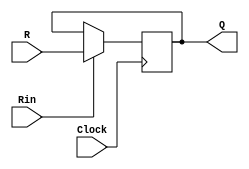
module regn(R, Rin, Clock, Q);

parameter n = 9;		//num of bits
input wire [n-1:0] R;	// Input
input wire 	Rin, 		// Enable Register
			Clock; 
output reg [n-1:0] Q;	//Output

always @(posedge Clock)
	if (Rin)		// if enable
		Q <= R;		// copy input to output
endmodule